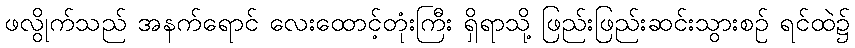
ဖလွိုက်သည် အနက်ရောင် လေးထောင့်တုံးကြီး ရှိရာသို့ ဖြည်းဖြည်းဆင်းသွားစဉ် ရင်ထဲ၌